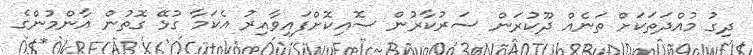
ދިގު މުއްދަތަކަށް ތަނެއް ދޫކުރަން ސަރުކާރުން ސޮއިކޮށްފައިވާއިރު އެކަމާ ގުޅޭ ގޮތުން އާންމުންގެ